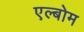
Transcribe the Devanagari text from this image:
एल्बोम